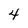
Character: 4